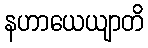
နဟာယေယျာတိ